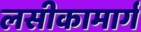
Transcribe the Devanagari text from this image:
लसीकामार्ग